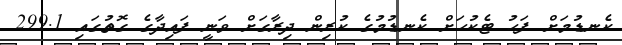
ކެނޑުމަށް ފަހު ޓެކުހަށް ކެނޑުމުގެ ކުރިން ދިރާގަށް ވަނީ ފައިދާގެ ގޮތުގައި 299.1